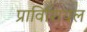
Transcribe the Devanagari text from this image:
प्राविंशियल